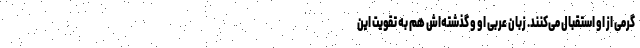
گرمی از او استقبال می‌کنند. زبان عربی او و گذشته‌اش هم به تقویت این